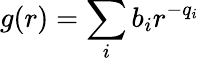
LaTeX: g(r)=\sum_{i}b_{i}r^{-q_{i}}